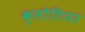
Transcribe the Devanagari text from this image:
क्लौटियर